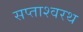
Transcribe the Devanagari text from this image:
सप्ताश्वरथ